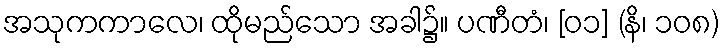
အသုကကာလေ၊ ထိုမည်သော အခါ၌။ ပဏီတံ၊ [၀၁] (နိ၊ ၁၀၈)